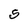
Character: S